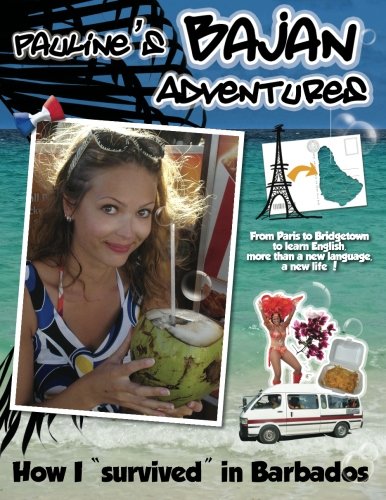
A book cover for Pauline's Bajan Adventures: How I "survived" in Barbados (Volume 1); Miss Pauline Rouiller; Travel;